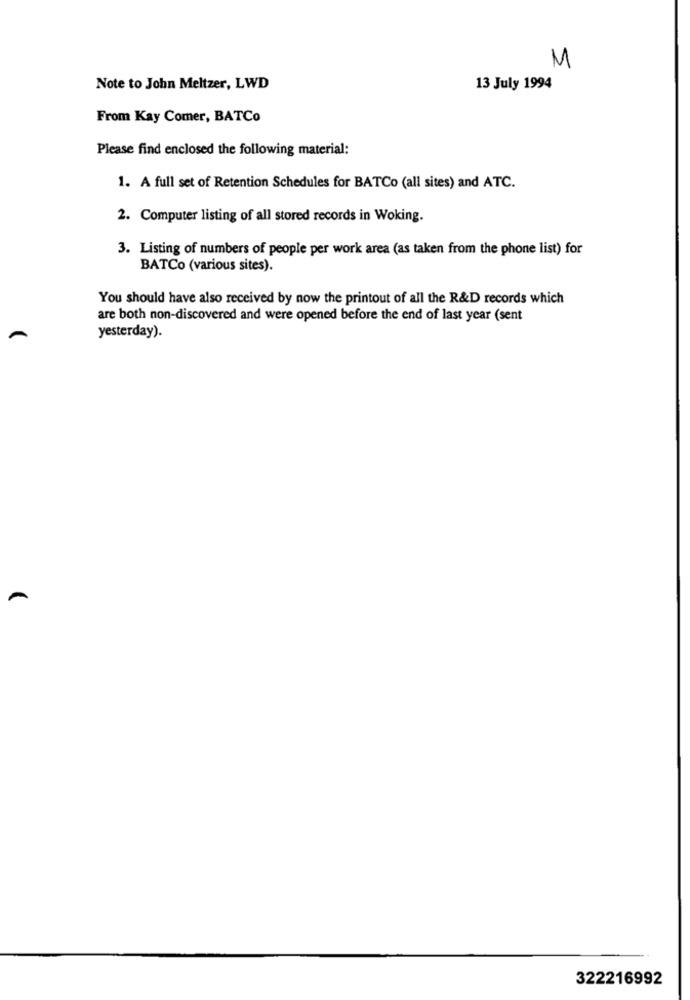
M
Note to John Meltzer, LWD
13 July 1994
From Kay Comer, BATCo
Please find enclosed the following material:
1. A full set of Retention Schedules for BATCo (all sites) and ATC.
2. Computer listing of all stored records in Woking.
3. Listing of numbers of people per work area (as taken from the phone list) for
BATCo (various sites).
You should have also received by now the printout of all the R&D records which
are both non-discovered and were opened before the end of last year (sent
yesterday).
322216992